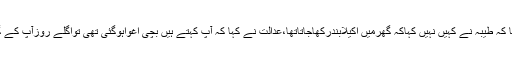
وکیل ملزمان نے کہا کہ طیبہ نے کہیں نہیں کہاکہ گھرمیں اکیلابندرکھاجاتاتھا،عدالت نے کہا کہ آپ کہتے ہیں بچی اغواہوگئی تھی تواگلے روزآپ کے گھرسے کیسے ملی؟